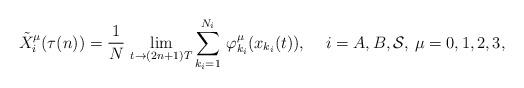
LaTeX: \begin{align*} \tilde{X}^\mu_i(\tau(n))=\frac{1}{N}\,\lim_{t\to (2n+1)T}\sum^{N_i}_{k_i=1}\,\varphi^\mu_{k_i}(x_{k_i}(t)),\quad\,i=A,B,\mathcal{S},\,\mu=0,1,2,3, \end{align*}